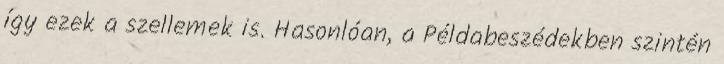
így ezek a szellemek is. Hasonlóan, a Példabeszédekben szintén